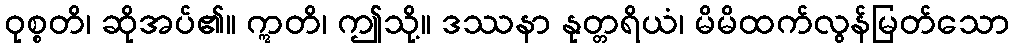
ဝုစ္စတိ၊ ဆိုအပ်၏။ ဣတိ၊ ဤသို့။ ဒဿနာ နုတ္တရိယံ၊ မိမိထက်လွန်မြတ်သော